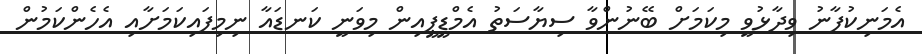
އެމަނިކުފާނު ވިދާޅުވީ މިކަމަށް ބޭނުންވާ ސިޔާސަތު އެމްޑީޕީއިން މިވަނީ ކަނޑައާ ނިމިފައިކަމަށާއި އެހެންކަމުން